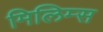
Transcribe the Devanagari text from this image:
मिलिम्स